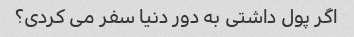
اگر پول داشتی به دور دنیا سفر می کردی؟